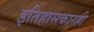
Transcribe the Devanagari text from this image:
इतिहासकारही